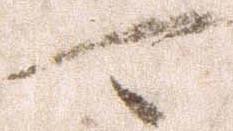
可